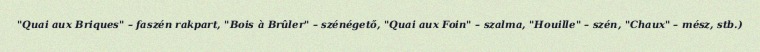
"Quai aux Briques" – faszén rakpart, "Bois à Brûler" – szénégető, "Quai aux Foin" – szalma, "Houille" – szén, "Chaux" – mész, stb.)